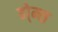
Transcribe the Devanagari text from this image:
हो्म्स